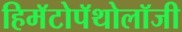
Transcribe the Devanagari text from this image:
हिमॅटोपॅथोलॉजी